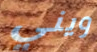
ويني